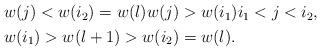
LaTeX: \begin{align*}\begin{aligned} &w(j)<w(i_2)=w(l)w(j)>w(i_1)i_1<j<i_2,\\ &w(i_1)>w(l+1)>w(i_2)=w(l).\end{aligned}\end{align*}